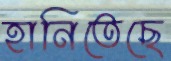
হানিতেছে